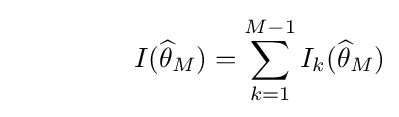
\ \qquad \qquad I({\widehat {\theta }}_{M})=\sum _{k=1}^{M-1}I_{k}({\widehat {\theta }}_{M})